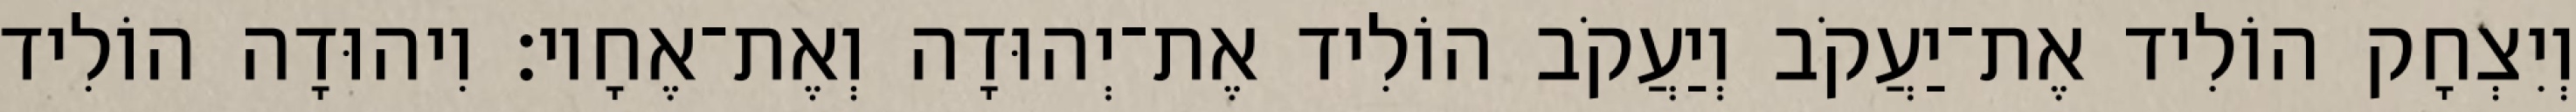
וְיִצְחָק הוֹלִיד אֶת־יַעֲקֹב וְיַעֲקֹב הוֹלִיד אֶת־יְהוּדָה וְאֶת־אֶחָיו׃ וִיהוּדָה הוֹלִיד